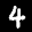
Label: 4